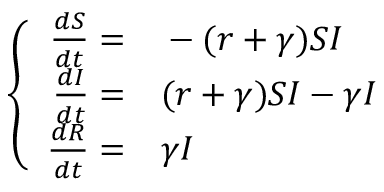
\left\{ \begin{array} { r l } { \frac { d S } { d t } = } & { { } - ( r + \gamma ) S I } \\ { \frac { d I } { d t } = } & { { } ( r + \gamma ) S I - \gamma I } \\ { \frac { d R } { d t } = } & { { } \gamma I } \end{array} \right.